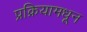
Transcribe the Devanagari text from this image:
प्रक्रियामधून